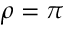
\rho = \pi